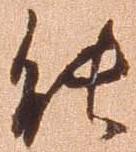
能